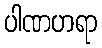
ပါဏဟရာ